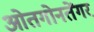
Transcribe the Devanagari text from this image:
ओतगोनतेंगर